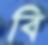
বি